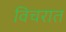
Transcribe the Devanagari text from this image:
विचरात